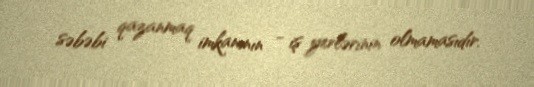
səbəbi qazanmaq imkanının - iş yerlərinin olmamasıdır.